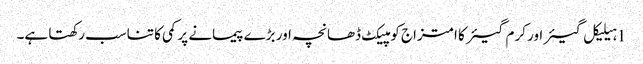
1 ہیلیکل گیئر اور کرم گیئر کا امتزاج کومپیکٹ ڈھانچہ اور بڑے پیمانے پر کمی کا تناسب رکھتا ہے۔